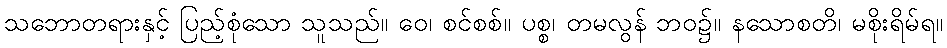
သဘောတရားနှင့် ပြည့်စုံသော သူသည်။ ဝေ၊ စင်စစ်။ ပစ္စ၊ တမလွန် ဘဝ၌။ နသောစတိ၊ မစိုးရိမ်ရ။